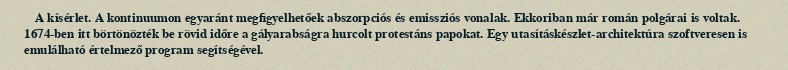
A kísérlet. A kontinuumon egyaránt megfigyelhetőek abszorpciós és emissziós vonalak. Ekkoriban már román polgárai is voltak. 1674-ben itt börtönözték be rövid időre a gályarabságra hurcolt protestáns papokat. Egy utasításkészlet-architektúra szoftveresen is emulálható értelmező program segítségével.